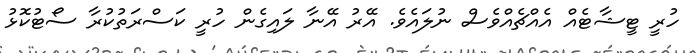
ހުރީ ޓީޝާޓެއް އެއްޗެއްވެސް ނުލައެވެ. އޭރު އޭނާ ލައިގެން ހުރީ ކަސްރަތުކުރާ ސޯޓުކޮޅު